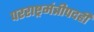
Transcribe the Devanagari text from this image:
परराष्ट्रमंत्रीपदही